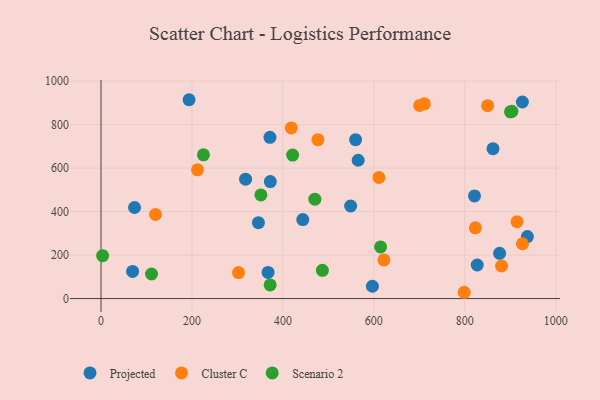
{"axis": {"x": "Study Hours", "y": "Sales"}, "legend": ["Cluster C", "Projected", "Scenario 2"], "data": [{"x": "372.3", "y": 538.3, "type": "Projected"}, {"x": "443.7", "y": 363.5, "type": "Projected"}, {"x": "862.0", "y": 689.3, "type": "Projected"}, {"x": "193.6", "y": 914.7, "type": "Projected"}, {"x": "367.4", "y": 120.0, "type": "Projected"}, {"x": "926.6", "y": 904.2, "type": "Projected"}, {"x": "73.7", "y": 418.9, "type": "Projected"}, {"x": "346.1", "y": 349.3, "type": "Projected"}, {"x": "596.8", "y": 56.7, "type": "Projected"}, {"x": "371.5", "y": 741.8, "type": "Projected"}, {"x": "827.3", "y": 154.4, "type": "Projected"}, {"x": "548.9", "y": 425.7, "type": "Projected"}, {"x": "876.5", "y": 208.3, "type": "Projected"}, {"x": "937.6", "y": 285.2, "type": "Projected"}, {"x": "69.4", "y": 124.8, "type": "Projected"}, {"x": "317.9", "y": 549.1, "type": "Projected"}, {"x": "559.8", "y": 731.1, "type": "Projected"}, {"x": "821.3", "y": 472.2, "type": "Projected"}, {"x": "565.5", "y": 636.2, "type": "Projected"}, {"x": "850.1", "y": 887.1, "type": "Cluster C"}, {"x": "212.2", "y": 592.3, "type": "Cluster C"}, {"x": "711.0", "y": 895.9, "type": "Cluster C"}, {"x": "611.1", "y": 556.8, "type": "Cluster C"}, {"x": "880.8", "y": 149.7, "type": "Cluster C"}, {"x": "823.3", "y": 325.5, "type": "Cluster C"}, {"x": "119.8", "y": 386.6, "type": "Cluster C"}, {"x": "700.9", "y": 888.4, "type": "Cluster C"}, {"x": "926.8", "y": 252.1, "type": "Cluster C"}, {"x": "302.3", "y": 119.6, "type": "Cluster C"}, {"x": "914.8", "y": 353.8, "type": "Cluster C"}, {"x": "476.9", "y": 731.1, "type": "Cluster C"}, {"x": "622.1", "y": 177.7, "type": "Cluster C"}, {"x": "418.3", "y": 785.0, "type": "Cluster C"}, {"x": "798.6", "y": 28.9, "type": "Cluster C"}, {"x": "903.6", "y": 861.2, "type": "Scenario 2"}, {"x": "3.5", "y": 197.3, "type": "Scenario 2"}, {"x": "371.9", "y": 62.6, "type": "Scenario 2"}, {"x": "614.8", "y": 237.6, "type": "Scenario 2"}, {"x": "111.1", "y": 112.9, "type": "Scenario 2"}, {"x": "351.6", "y": 476.7, "type": "Scenario 2"}, {"x": "225.3", "y": 661.1, "type": "Scenario 2"}, {"x": "900.5", "y": 859.0, "type": "Scenario 2"}, {"x": "470.3", "y": 457.3, "type": "Scenario 2"}, {"x": "421.3", "y": 660.0, "type": "Scenario 2"}, {"x": "486.8", "y": 130.1, "type": "Scenario 2"}]}